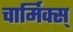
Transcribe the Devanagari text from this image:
चार्मिक्स्